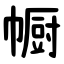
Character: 㡡